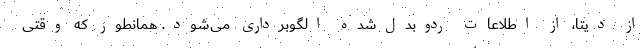
از دیتا، از اطلاعات ردوبدل‌شده الگوبرداری می‌شود. همانطور که وقتی